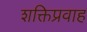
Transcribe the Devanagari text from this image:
शक्तिप्रवाह